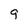
Character: q